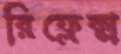
রিফ্লেক্স